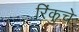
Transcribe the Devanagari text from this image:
रिंकुचे